Account of plague administration in the Bombay Presidency from September 1896 till May 1897
Year: 1896
Disease focus: Plague
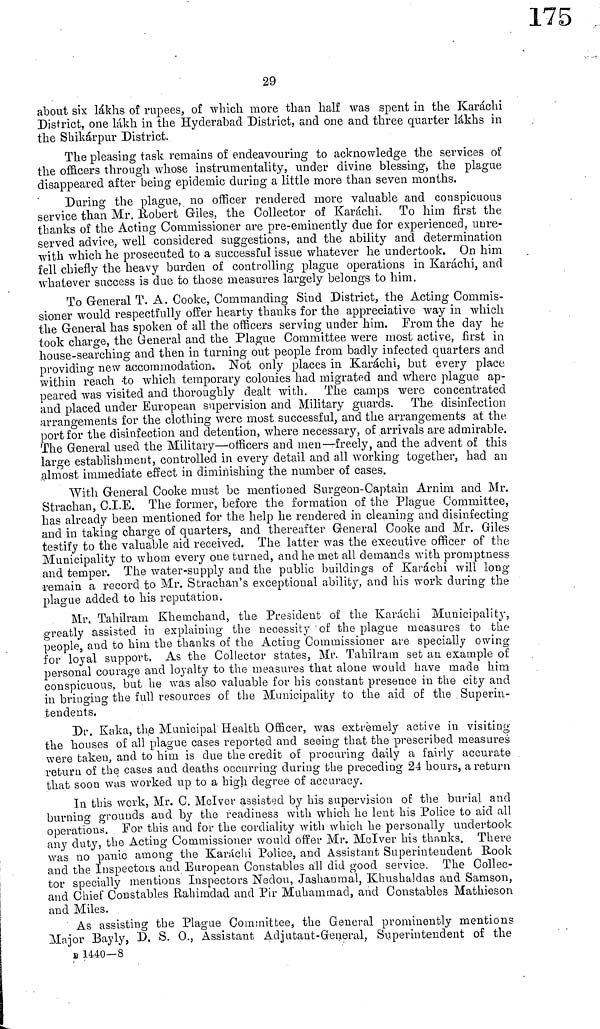
29
about six lákhs of rupees, of which more than half was spent in the Karachi
District, one lakh in the Hyderabad District, and one and three quarter lákhs in
the Shikárpur District.
The pleasing task remains of endeavouring to acknowledge the services of
the officers through whose instrumentality, under divine blessing, the plague
disappeared after being epidemic during a little more than seven months.
During the plague, no officer rendered more valuable and conspicuous
service than Mr. Robert Giles, the Collector of Karachi. To him first the
thanks of the Acting Commissioner are pre-eminently due for experienced, unre-
served advice, well considered suggestions, and the ability and determination
with which he prosecuted to a successful issue whatever he undertook. On him
fell chiefly the heavy barden of controlling plague operations in Karáchi, and
whatever success is due to those measures largely belongs to him.
To General T. A. Cooke, Commanding Sind District, the Acting Commis-
sioner would respectfully offer hearty thanks for the appreciative way in which
the General has spoken of all the officers serving under him. From the day he
took charge, the General and the Plague Committee were most active, first in
house-searching and then in turning out people from badly infected quarters and
providing new accommodation. Not only places in Karachi, but every place
within reach to which temporary colonies had migrated and where plague ap-
peared was visited and thoroughly dealt with. The camps were concentrated
and placed under European supervision and Military guards. The disinfection
arrangements for the clothing were most successful, and the arrangements at the
port for the disinfection and detention, where necessary, of arrivals are admirable.
The General used the Military—officers and men—freely, and the advent of this
large establishment, controlled in every detail and all working together, had an
almost immediate effect in diminishing the number of cases.
With General Cooke must be mentioned Surgeon-Captain Arnim and Mr.
Strachan, C.I.E. The former, before the formation of the Plague Committee,
has already been mentioned for the help he rendered in cleaning and disinfecting
and in taking charge of quarters, and thereafter General Cooke and Mr. Giles
testify to the valuable aid received. The latter was the executive officer of the
Municipality to whom every one turned, and he met all demands with promptness
and temper. The water-supply and the public buildings of Karachi will long-
remain a record to Mr. Strachan's exceptional ability, and his work during the
plague added to his reputation.
Mr. Tahilram Khemchand, the President of the Karachi Municipality,
greatly assisted in explaining the necessity of the plague measures to the
people, and to him the thanks of the Acting Commissioner are specially owing
for loyal support. As the Collector states, Mr. Tahilram set an example of
personal courage and loyalty to the measures that alone would have made him
conspicuous, but he was also valuable for his constant presence in the city and
in bringing the full resources of the Municipality to the aid of the Superin-
tendents.
Dr. Kaka, the Municipal Health Officer, was extremely active in visiting
the houses of all plague cases reported and seeing that the prescribed measures
were taken, and to him is due the credit of procuring daily a fairly accurate
return of the cases and deaths occurring during the preceding 24 hours, a return
that soon was worked up to a high degree of accuracy.
In this work, Mr. C. McIver assisted by his supervision of the burial and
burning grounds and by the readiness with which he lent his Police to aid all
operations. For this and for the cordiality with which he personally undertook
any duty, the Acting Commissioner would offer Mr. McIver his thanks. There
was no panic among the Karachi Police, and Assistant Superintendent Book
and the Inspectors and European Constables all did good service. The Collec-
tor specially mentions Inspectors Nedou, Jashanmal, Khushaldas and Samson,
and Chief Constables Rahimdad and Pir Muhammad, and Constables Mathieson
and Miles.
As assisting the Plague Committee, the General prominently mentions
Major Bayly, D. S. O., Assistant Adjutant-General, Superintendent of the
B 1440—8